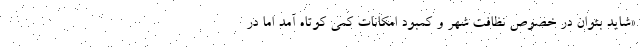
«شاید بتوان در خصوص نظافت شهر و کمبود امکانات کمی کوتاه آمد اما در